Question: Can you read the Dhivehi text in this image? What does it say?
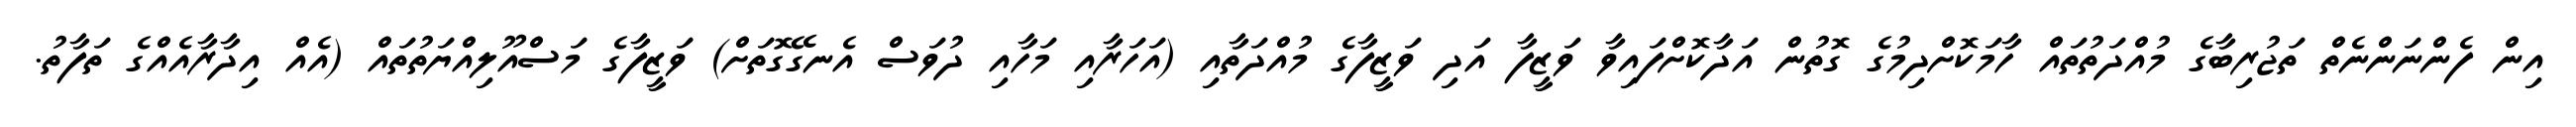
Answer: އިން ފެންނަންނެތް ތަޖުރިބާގެ މުއްދަތުތައް ހާމަކޮށްދިމުގެ ގޮތުން އަދާކޮށްފައިވާ ވަޒީފާ އަދި ވަޒީފާގެ މުއްދަތާއި (އަހަރާއި މަހާއި ދުވަސް އެނގޭގޮތަށް) ވަޒީފާގެ މަސްއޫލިއްޔަތުތައް (އެއް އިދާރާއެއްގެ ތަފާތު.